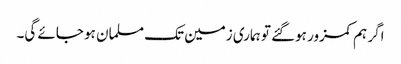
اگر ہم کمزور ہوگئے تو ہماری زمین تک مسلمان ہو جائے گی۔